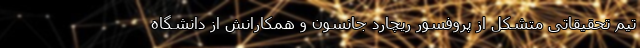
تیم تحقیقاتی متشکل از پروفسور ریچارد جانسون و همکارانش از دانشگاه